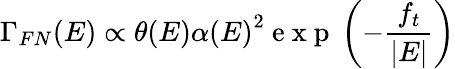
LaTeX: \Gamma_{FN}(E)\propto\theta(E)\alpha\left(E\right)^{2}\mathrm{~e~x~p~}\left(-\frac{f_{t}}{\vert E\vert}\right)